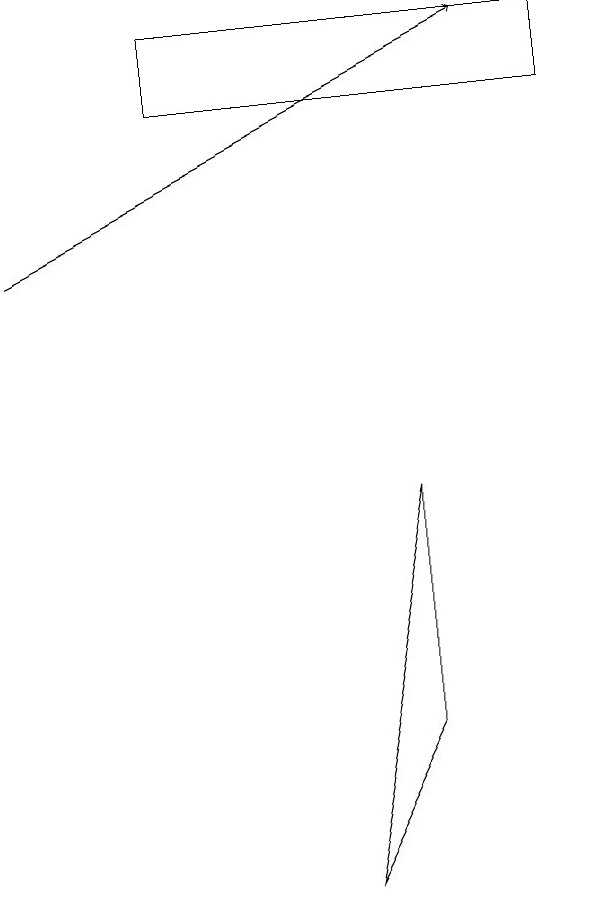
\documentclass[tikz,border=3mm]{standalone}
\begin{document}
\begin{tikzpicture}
\draw[->] (1,12) -- (7,15);
\draw (8,15) rectangle (3,14);
\draw (5,4) -- (6,6) -- (6,9) -- cycle;
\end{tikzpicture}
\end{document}